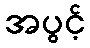
အပွင့်